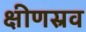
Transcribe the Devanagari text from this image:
क्षीणस्रव